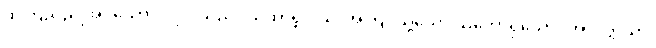
ထိုကြည်ညိုအပ်သော ပုဂ္ဂိုလ်သည်။ ယထာရူပါယ၊ အကြင်သို့သော သဘောရှိသော။ အာပတ္တိယာ၊